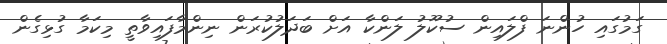
ގަމުގައި ހުންނަ ފްލައިން ސުކޫލު ލަންކާ އަށް ބަދަލުކުރަން ނިންމާފައިވާތީ މިކަމާ ގުޅިގެން